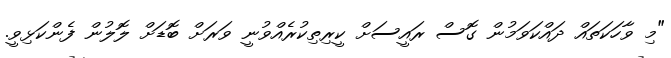
"މި ވާހަކަތައް ދައްކަވަމުން ގޮސް ރައީސަށް ކީރިތިކުރެއްވުނީ ވަރަށް ބޮޑަށް ލޮލުން ފެންކަޅިވީ.